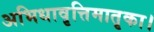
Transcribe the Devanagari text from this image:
अभिधावृत्तिमातृका।